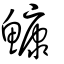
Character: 鱇